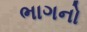
ભાગનો